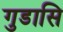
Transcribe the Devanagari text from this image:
गुडासि